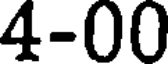
4-00